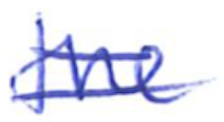
Text: the
Cross-out: mix
Writing tool: ballpoint